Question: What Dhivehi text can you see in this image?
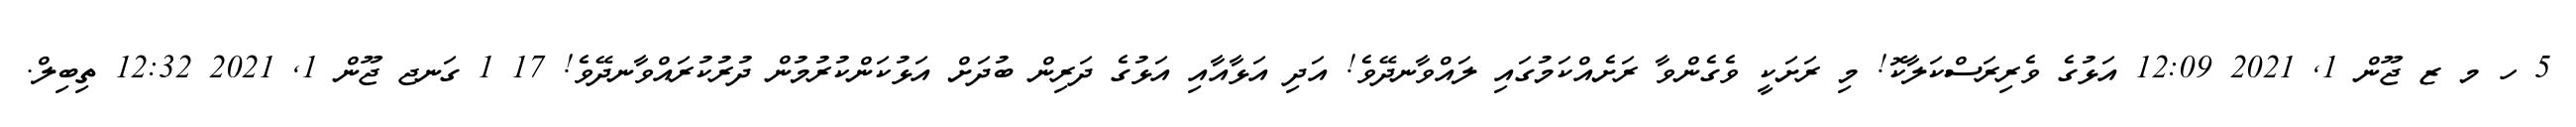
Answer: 5 ހ މ ޒ ޖޫން 1, 2021 12:09 އަޅުގެ ވެރިރަސްކަލާކޮ! މި ރަށަކީ ވެގެންވާ ރަށެއްކަމުގައި ލައްވާނދޭވެ! އަދި އަޅާއާއި އަޅުގެ ދަރިން ބުދަށް އަޅުކަންކުރުމުން ދުރުކުރައްވާނދޭވެ! 17 1 ގަނޖ ޖޫން 1, 2021 12:32 ތިބިލް.